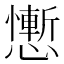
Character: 𢣥